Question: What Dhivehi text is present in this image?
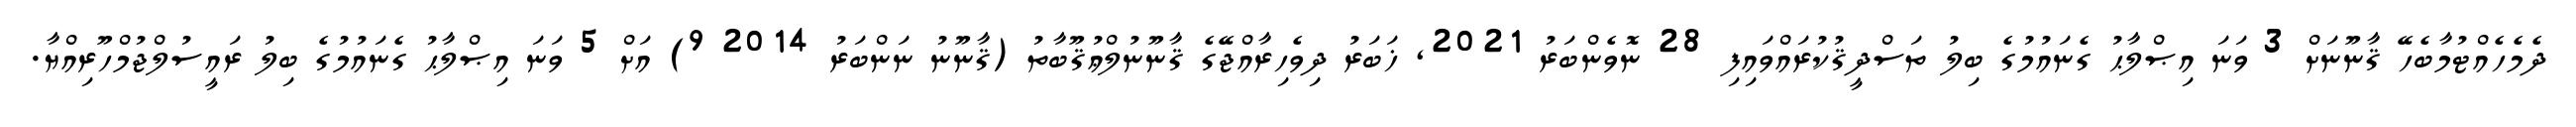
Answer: ދެމެހެއްޓުމާބެހޭ ޤާނޫނަށް 3 ވަނަ އިޞްލާޙު ގެނައުމުގެ ބިލު ތަސްދީޤުކުރައްވައިފި 28 ނޮވެންބަރު 2021, ޚަބަރު ދިވެހިރާއްޖޭގެ ޤާނޫނުލްޢުޤޫބާތު (ޤާނޫނު ނަންބަރު 2014 9) އަށް 5 ވަނަ އިޞްލާޙު ގެނައުމުގެ ބިލު ރައީސުލްޖުމްހޫރިއްޔާ.